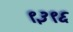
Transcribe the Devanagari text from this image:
९३९६